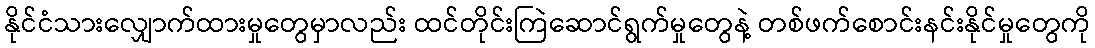
နိုင်ငံသားလျှောက်ထားမှုတွေမှာလည်း ထင်တိုင်းကြဲဆောင်ရွက်မှုတွေနဲ့ တစ်ဖက်စောင်းနင်းနိုင်မှုတွေကို